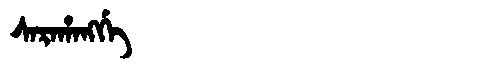
Manchu: ᠰᠠᡵᠠᡥᠠᠩᡤᡝ
Romanization: SARAHANGGE